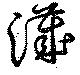
濊